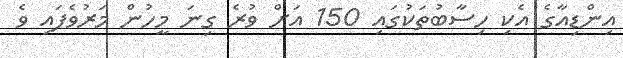
އިންޑިއާގެ އެކި ހިސާބުތަކުގައި 150 އަށް ވުރެ ގިނަ މީހުން މަރުވެފައި ވެ